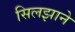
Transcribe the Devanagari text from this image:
सिलझाने